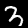
Label: 3